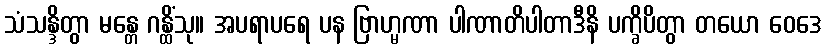
သံသန္ဒိတွာ မန္တေ ဂန္ထိံသု။ အပရာပရေ ပန ဗြာဟ္မဏာ ပါဏာတိပါတာဒီနိ ပက္ခိပိတွာ တယော ဝေဒေ